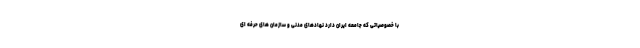
با خصوصیاتی که جامعه ایران دارد نهادهای مدنی و سازمان های حرفه ای